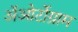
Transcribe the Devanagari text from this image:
अॅओर्टोग्राम